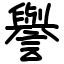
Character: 譽